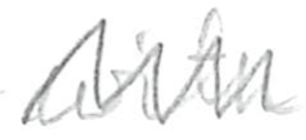
Text: with
Cross-out: mix
Writing tool: pencil